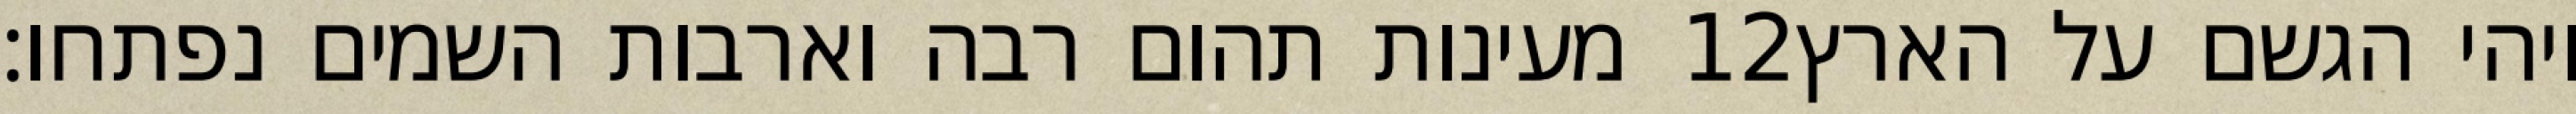
מעינות תהום רבה וארבות השמים נפתחו׃ ‎12‏ ויהי הגשם על הארץ